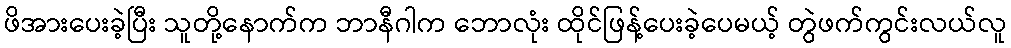
ဖိအားပေးခဲ့ပြီး သူတို့နောက်က ဘာနီဂါက ဘောလုံး ထိုင်ဖြန့်ပေးခဲ့ပေမယ့် တွဲဖက်ကွင်းလယ်လူ